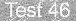
Test 46